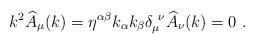
LaTeX: \begin{align*}k^2 \widehat{A}_\mu(k)=\eta^{\alpha\beta}k_\alpha k_\beta \delta_\mu^{~\nu}\widehat{A}_\nu(k)=0\,\,.\end{align*}